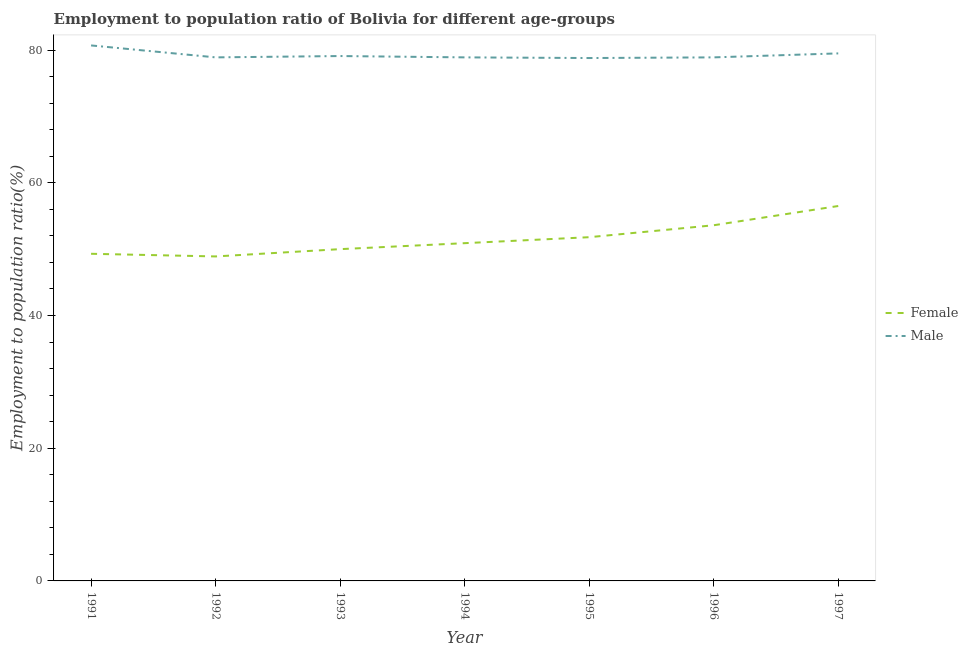
| Year | Female | Male |
 | --- | --- | --- |
 | 1991 | 49.3 | 80.7 |
 | 1992 | 48.9 | 78.9 |
 | 1993 | 50 | 79.1 |
 | 1994 | 50.9 | 78.9 |
 | 1995 | 51.8 | 78.8 |
 | 1996 | 53.6 | 78.9 |
 | 1997 | 56.5 | 79.5 |